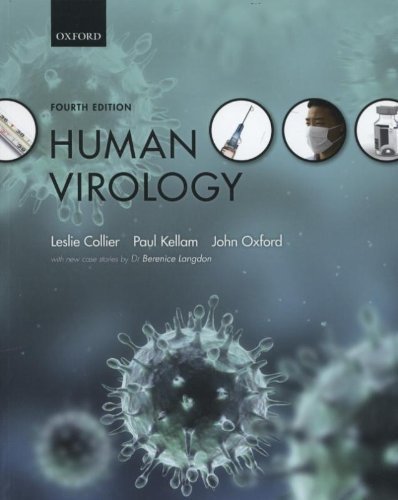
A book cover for Human Virology 4th (fourth) Edition by Collier, Leslie, Oxford, John, Kellam, Paul published by Oxford University Press, USA (2011); Medical Books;